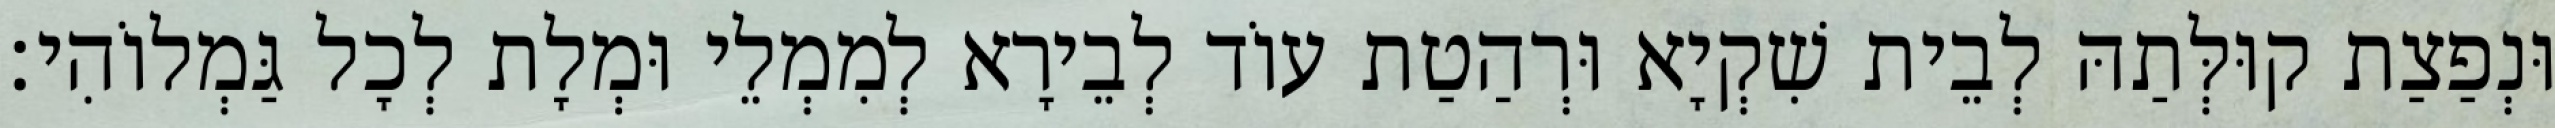
וּנְפַצַת קוּלְּתַהּ לְבֵית שִׁקְיָא וּרְהַטַת עוֹד לְבֵירָא לְמִמְלֵי וּמְלָת לְכָל גַּמְלוֹהִי׃